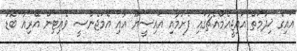
އައިގެ ޚިދުމަތް އައިޖީއެމްއެޗުގައި ފެށުމާއި އައިސީޔޫ އާއި އެމަޖެންސީ ވެއިޓިން އޭރިއާ ބޮޑު